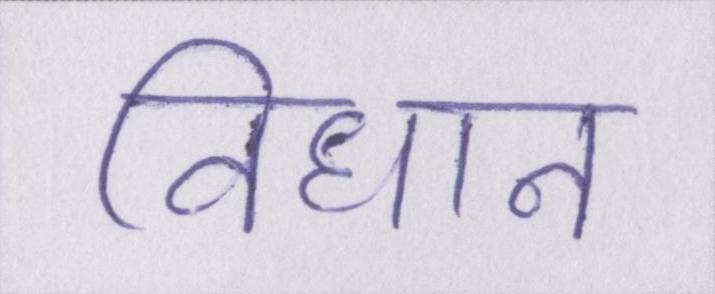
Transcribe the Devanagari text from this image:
विधान